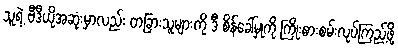
သူရဲ့ ဗီဒီယိုအဆုံးမှာလည်း တခြားသူများကို ဒီ စိန်ခေါ်မှုကို ကြိုးစားစမ်းလုပ်ကြည့်ဖို့